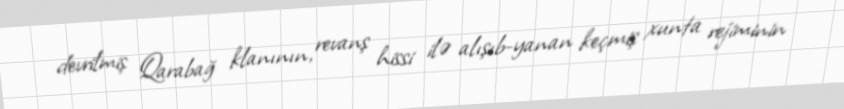
devrilmiş Qarabağ klanının, revanş hissi ilə alışıb-yanan keçmiş xunta rejiminin